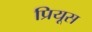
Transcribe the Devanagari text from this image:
प्रियूस